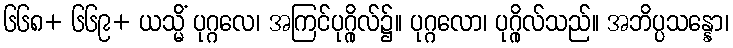
၆၆၈+ ၆၆၉+ ယသ္မိံ ပုဂ္ဂလေ၊ အကြင်ပုဂ္ဂိုလ်၌။ ပုဂ္ဂလော၊ ပုဂ္ဂိုလ်သည်။ အဘိပ္ပသန္နော၊